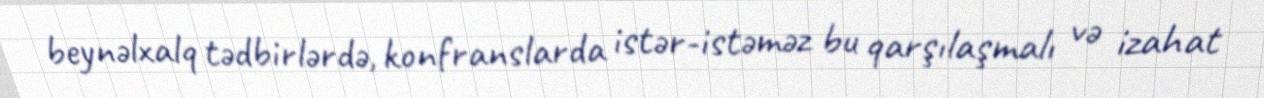
beynəlxalq tədbirlərdə, konfranslarda istər-istəməz bu qarşılaşmalı və izahat